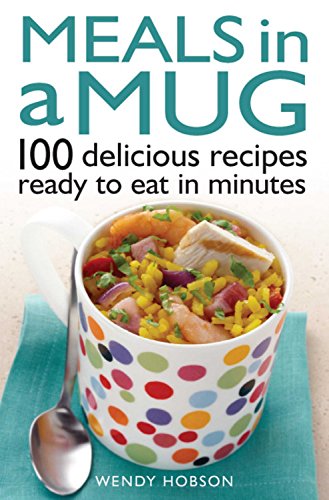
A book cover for Meals in a Mug: 101 Delicious Recipes Ready to Eat in Minutes; Wendy Hobson; Cookbooks, Food & Wine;